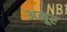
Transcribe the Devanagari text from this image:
अलूर